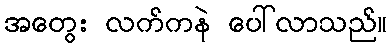
အတွေး လက်ကနဲ ပေါ်လာသည်။